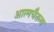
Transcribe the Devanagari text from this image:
आत्मचैतन्य